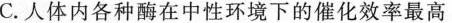
C.人体内各种酶在中性环境下的催化效率最高